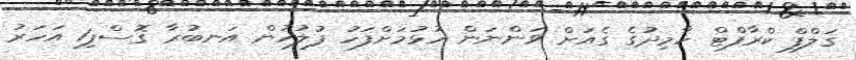
ގަލްފް ކްރާފްޓް ހާމިދުގެ ގެއަށް ވަންނަން އުޅުމަށްފަހު ފުލުހުން އަނބުރާ ގޮސްފި1 އަހަރު